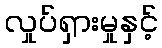
လှုပ်ရှားမှုနှင့်